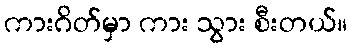
ကားဂိတ်မှာ ကား သွား စီးတယ်။